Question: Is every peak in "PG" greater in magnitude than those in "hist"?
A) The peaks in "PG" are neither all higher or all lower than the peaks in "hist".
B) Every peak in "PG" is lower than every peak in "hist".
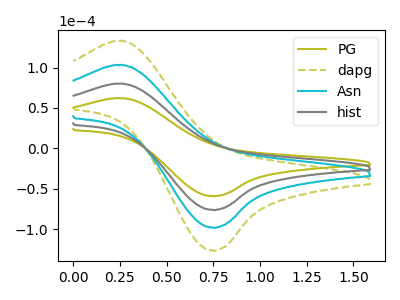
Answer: <think>The olive curve "PG" has an anodic peak at (0.25V, 62.05uA) and a cathodic peak at (0.75V, -59.15uA). The olive dashed curve "dapg" has an anodic peak at (0.25V, 239.90uA) and a cathodic peak at (0.75V, -228.65uA). The cyan curve "Asn" has an anodic peak at (0.25V, 159.90uA) and a cathodic peak at (0.75V, -152.45uA). The gray curve "hist" has an anodic peak at (0.25V, 79.95uA) and a cathodic peak at (0.75V, -76.20uA).</think>
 <answer>B) Every peak in "PG" is lower than every peak in "hist".</answer>
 <eval>B</eval>